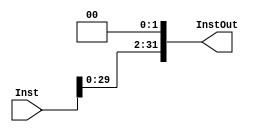
`timescale 1ns / 1ps
//////////////////////////////////////////////////////////////////////////////////
// Company: 
// Engineer: 
// 
// Design Name: 
// Module Name: ShiftLeftTwo
// Project Name: 
// Target Devices: 
// Tool Versions: 
// Description: 
// 
// Dependencies: 
// 
// Revision:
// Revision 0.01 - File Created
// Additional Comments:
// 
//////////////////////////////////////////////////////////////////////////////////


module ShiftLeftTwo(
    input [31:0] Inst, 
    output [31:0] InstOut
);

    assign InstOut = Inst << 2;
    
endmodule